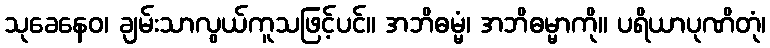
သုခေနေဝ၊ ချမ်းသာလွယ်ကူသဖြင့်ပင်။ အဘိဓမ္မံ၊ အဘိဓမ္မာကို။ ပရိယာပုဏိတုံ၊